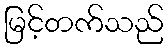
မြင့်တက်သည်